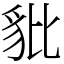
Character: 豼